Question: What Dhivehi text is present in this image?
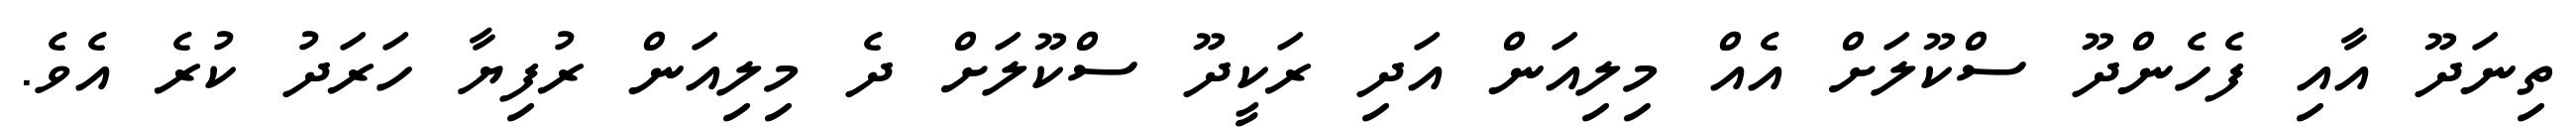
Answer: ތިނަދޫ އާއި ފެހެންދޫ ސްކޫލަށް އެއް މިލިއަން އަދި ރަކީދޫ ސްކޫލަށް ދެ މިލިއަން ރުފިޔާ ހަރަދު ކުރެ އެވެ.